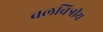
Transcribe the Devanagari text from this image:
चलचित्रीय